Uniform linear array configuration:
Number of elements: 4
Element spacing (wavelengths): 1
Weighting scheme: cosine
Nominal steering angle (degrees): -30
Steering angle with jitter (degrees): -31.749
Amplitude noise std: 0.05
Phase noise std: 0.05

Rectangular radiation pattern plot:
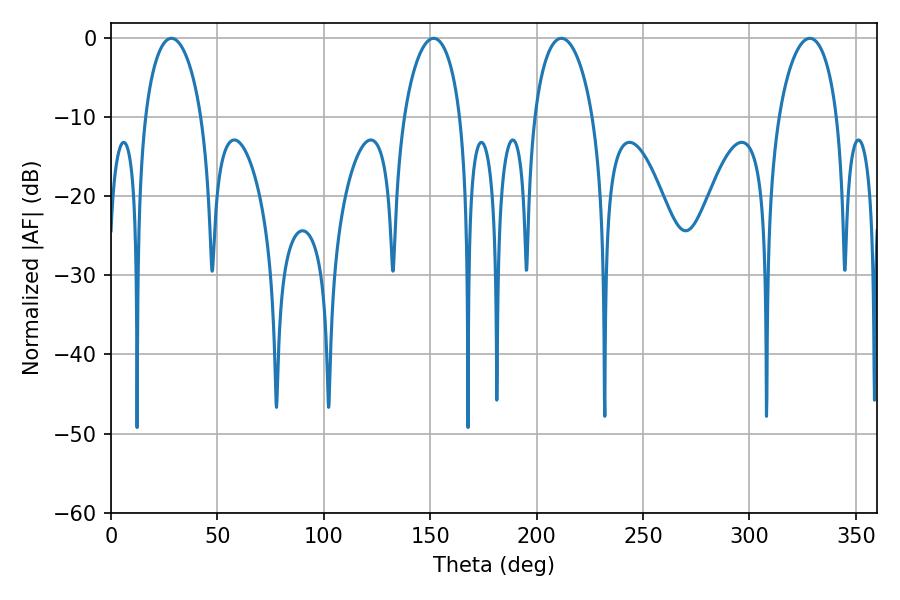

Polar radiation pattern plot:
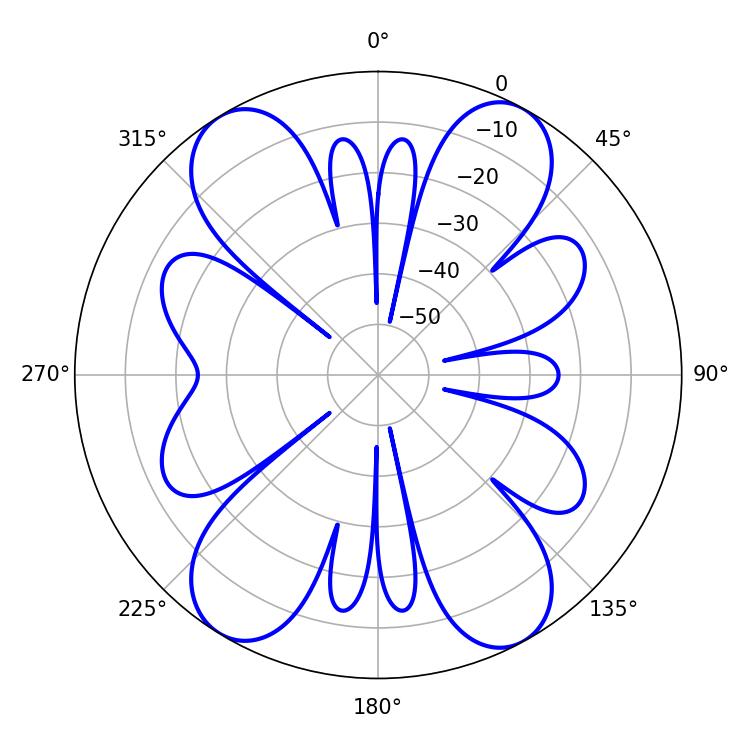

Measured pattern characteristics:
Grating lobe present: TRUE
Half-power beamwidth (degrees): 15.3
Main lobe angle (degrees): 28.44